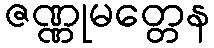
ဇဏ္ဏုမတ္တေန